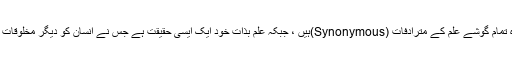
در اصل مذکورہ تمام گوشے علم کے مترادفات (Synonymous)ہیں ، جبکہ علم بذاتِ خود ایک ایسی حقیقت ہے جس نے انسان کو دیگر مخلوقات سے اشرف کیا ۔